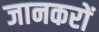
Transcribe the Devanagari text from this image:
जानकरों